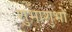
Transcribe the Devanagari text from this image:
शुभाशुभों